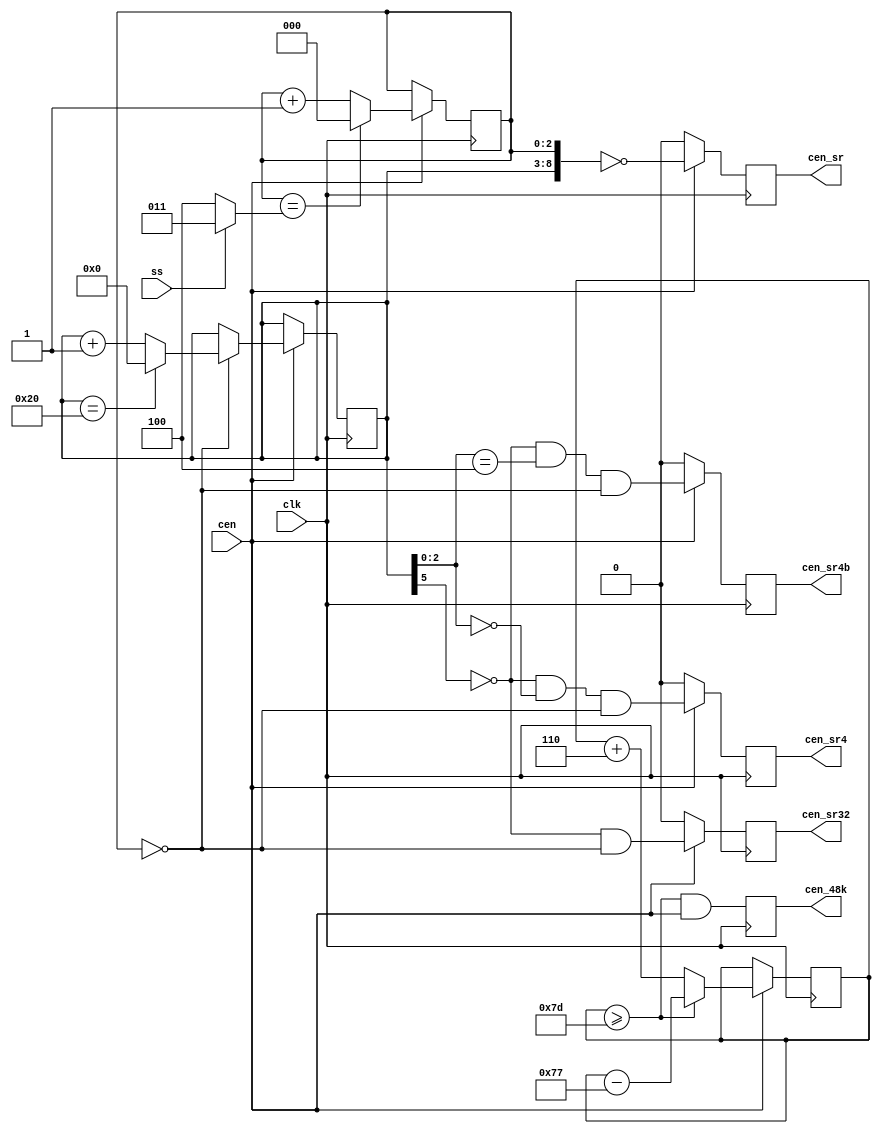
module jt6295_timing(
    input       clk,
    input       cen,
    input       ss,
    output reg  cen_sr,   // Sample rate
    output reg  cen_sr4,  // 4x sample rate
    output reg  cen_sr4b, // 4x sample rate, 180 shift
    output reg  cen_sr32,
    output reg  cen_48k   // 48 kHz low pass filter
);

localparam [7:0] N48=8'd6, D48=8'd125;

reg  [2:0] base=0;
reg  [5:0] cnt =6'd0;
wire [2:0] lim = ss ? 3'h3 : 3'h4;

reg  [7:0] cnt48=0;
wire       over48 = cnt48>=D48;

always @(posedge clk) begin
    if(cen) cnt48 <= over48 ? cnt48-(D48-N48) : cnt48+N48;
    cen_48k <= over48 && cen;
end

always @(posedge clk) begin
    cen_sr4 <= 1'd0;
    cen_sr4b<= 1'd0;
    cen_sr  <= 1'd0;
    cen_sr32<= 1'b0;
    if( cen ) begin
        base    <= (base==lim) ? 3'd0 : base+3'd1;
        if(base==3'd0) cnt <= (cnt==6'd32) ? 6'd0 : cnt+6'd1;

        cen_sr32<= !cnt[5] && base==3'd0;
        cen_sr4 <= !cnt[5] && cnt[2:0] == 3'b000 && base == 3'd0;
        cen_sr4b<= !cnt[5] && cnt[2:0] == 3'b100 && base == 3'd0;
        cen_sr  <= {cnt,base} == 9'd0;
    end
end

endmodule